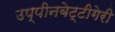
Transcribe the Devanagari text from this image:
उप्पीनबेट्टीगेरी